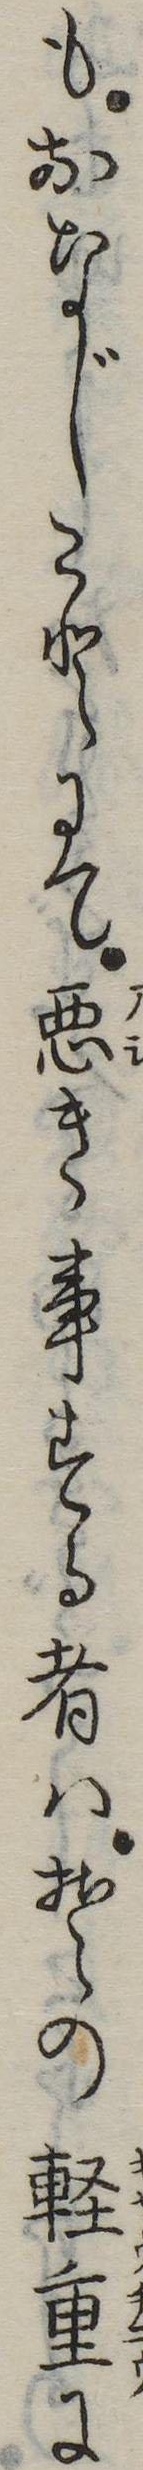
もおなじことにて悪き事する者はその軽重に